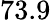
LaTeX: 73.9